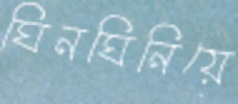
ঘিনঘিনিয়ে